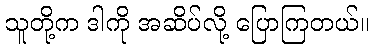
သူတို့က ဒါကို အဆိပ်လို့ ပြောကြတယ်။